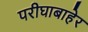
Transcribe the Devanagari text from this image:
परीघाबाहेर